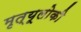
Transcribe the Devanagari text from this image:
मृत्यूलोकी